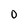
Character: 0